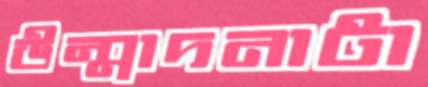
উন্মাদনাটা